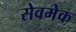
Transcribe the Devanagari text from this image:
सेवमेक